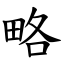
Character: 略